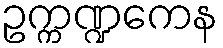
ဥက္ကဏ္ဍကေန